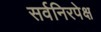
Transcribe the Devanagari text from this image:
सर्वनिरपेक्ष